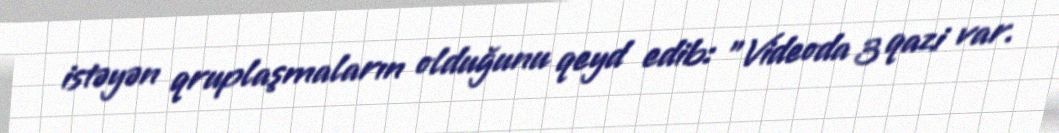
istəyən qruplaşmaların olduğunu qeyd edib: "Videoda 3 qazi var.